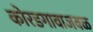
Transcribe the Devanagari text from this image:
कोरडगावाजवळ